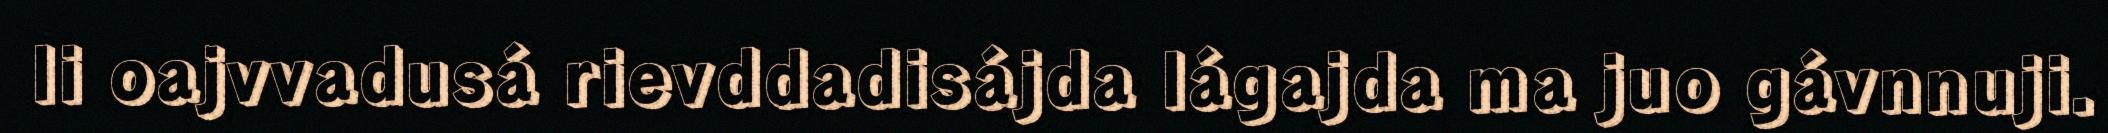
li oajvvadusá rievddadisájda lágajda ma juo gávnnuji.